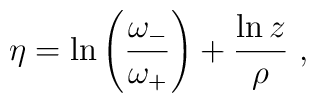
\eta = \ln \left(\frac{\omega_{-}}{\omega_{+}}\right)+\frac{\ln z}{\rho}\ ,